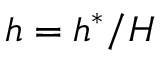
h = h ^ { * } / H